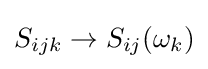
S_{ijk}\rightarrow S_{ij}(\omega _{k})